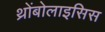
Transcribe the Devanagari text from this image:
थ्रोंबोलाइसिस